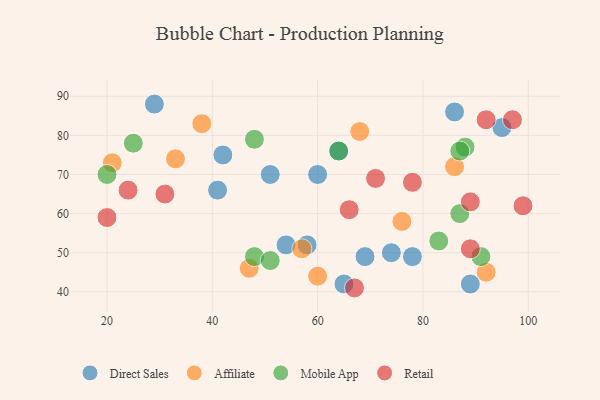
{"axis": {"x": "GDP", "y": "Life Expectancy"}, "legend": ["Affiliate", "Direct Sales", "Mobile App", "Retail"], "data": [{"x": "60", "y": 70, "type": "Direct Sales"}, {"x": "64", "y": 76, "type": "Direct Sales"}, {"x": "29", "y": 88, "type": "Direct Sales"}, {"x": "65", "y": 42, "type": "Direct Sales"}, {"x": "74", "y": 50, "type": "Direct Sales"}, {"x": "78", "y": 49, "type": "Direct Sales"}, {"x": "41", "y": 66, "type": "Direct Sales"}, {"x": "86", "y": 86, "type": "Direct Sales"}, {"x": "51", "y": 70, "type": "Direct Sales"}, {"x": "89", "y": 42, "type": "Direct Sales"}, {"x": "95", "y": 82, "type": "Direct Sales"}, {"x": "58", "y": 52, "type": "Direct Sales"}, {"x": "54", "y": 52, "type": "Direct Sales"}, {"x": "42", "y": 75, "type": "Direct Sales"}, {"x": "69", "y": 49, "type": "Direct Sales"}, {"x": "68", "y": 81, "type": "Affiliate"}, {"x": "21", "y": 73, "type": "Affiliate"}, {"x": "86", "y": 72, "type": "Affiliate"}, {"x": "92", "y": 45, "type": "Affiliate"}, {"x": "33", "y": 74, "type": "Affiliate"}, {"x": "57", "y": 51, "type": "Affiliate"}, {"x": "76", "y": 58, "type": "Affiliate"}, {"x": "47", "y": 46, "type": "Affiliate"}, {"x": "38", "y": 83, "type": "Affiliate"}, {"x": "60", "y": 44, "type": "Affiliate"}, {"x": "87", "y": 60, "type": "Mobile App"}, {"x": "48", "y": 49, "type": "Mobile App"}, {"x": "88", "y": 77, "type": "Mobile App"}, {"x": "91", "y": 49, "type": "Mobile App"}, {"x": "51", "y": 48, "type": "Mobile App"}, {"x": "83", "y": 53, "type": "Mobile App"}, {"x": "20", "y": 70, "type": "Mobile App"}, {"x": "48", "y": 79, "type": "Mobile App"}, {"x": "25", "y": 78, "type": "Mobile App"}, {"x": "87", "y": 76, "type": "Mobile App"}, {"x": "64", "y": 76, "type": "Mobile App"}, {"x": "31", "y": 65, "type": "Retail"}, {"x": "89", "y": 63, "type": "Retail"}, {"x": "20", "y": 59, "type": "Retail"}, {"x": "78", "y": 68, "type": "Retail"}, {"x": "24", "y": 66, "type": "Retail"}, {"x": "66", "y": 61, "type": "Retail"}, {"x": "97", "y": 84, "type": "Retail"}, {"x": "99", "y": 62, "type": "Retail"}, {"x": "71", "y": 69, "type": "Retail"}, {"x": "92", "y": 84, "type": "Retail"}, {"x": "89", "y": 51, "type": "Retail"}, {"x": "67", "y": 41, "type": "Retail"}]}